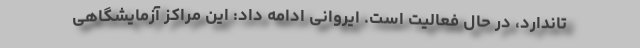
تاندارد، در حال فعالیت است. ایروانی ادامه داد: این مراکز آزمایشگاهی